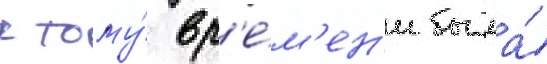
к тому́ вр'е́м'ен'и была́